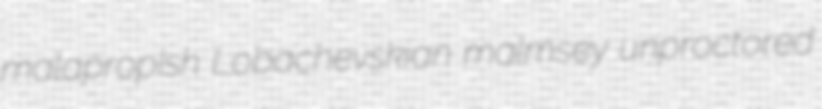
malapropish Lobachevskian malmsey unproctored